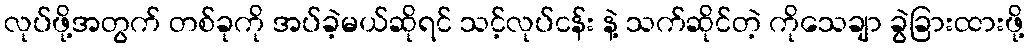
လုပ်ဖို့အတွက် တစ်ခုကို အပ်ခဲ့မယ်ဆိုရင် သင့်လုပ်ငန်း နဲ့ သက်ဆိုင်တဲ့ ကိုသေချာ ခွဲခြားထားဖို့